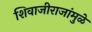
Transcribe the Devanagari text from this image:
शिवाजीराजांमुळे